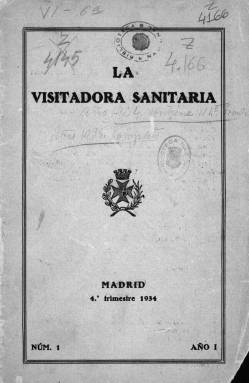
Título: La Visitadora sanitaria
Colección: Medicina
Ámbito geográfico: Madrid
Lugar de publicación: Madrid
Fechas: 01/01/1934-31/12/1935

Publicación profesional de las enfermeras que desarrollaban su actividad en el campo de la medicina preventiva y que realizaban su trabajo en los distintos niveles de la sanidad pública y en algunas instituciones de carácter privado. Se trata de una revista trimestral de 32 páginas de la que la BNE posee los cinco primeros números y se desconoce si hubo alguno más.

   La publicación salió en el último trimestre de 1934, unos meses después de que se constituyera la Asociación Profesional de Visitadoras Sanitarias, presidida por Mercedes Milá. En su primer número, el boletín expresaba su deseo de ‘llevar a las asociadas, especialmente a las de los centros rurales, un tanto aisladas a veces en pueblos lejanos, las noticias que profesionalmente puedan interesarles junto con los artículos técnicos que, instruyéndolas, vayan conservando y renovando su cultura sanitaria’.

  Este primer número contaba también con un saludo del doctor Gustavo Pittaluga, una de las eminencias médicas de la España de la época, a cuya iniciativa se debió la creación de la Escuela de Enfermeras de Sanidad.

  Parte importante del contenido del boletín era informar sobre noticias de interés estrictamente profesional y laboral como vacantes, oposiciones, congresos, conferencias…

  Como auxiliares de los médicos que ejercían sus actividades en los campos de la higiene social y la salud pública (lucha antituberculosa, antivenérea, higiene infantil, etc.), las visitadoras sanitarias se encargaban, en primer lugar, de estudiar las condiciones sociales y sanitarias de los individuos y de las familias, de conocer el estado de sus viviendas, los hábitos y características de su alimentación, etc. En segundo lugar, una vez recogida la información, intentaban explicar a la población la manera de obtener el mayor provecho higiénico de sus condiciones de vida, se planteaban la posible modificación de las circunstancias perjudiciales para la salud, y en general, ejercían una función de instructoras de las familias.

  En la revista colaboraban especialistas en salud pública y las propias visitadoras, a quien se calificaba de misioneras de la higiene. La lucha tuberculosa fue uno de los primeros campos en los que estas nuevas profesionales ejercieron su actividad. En un artículo firmado por el doctor Verdes Montenegro, que apareció también en el primer número, se menciona el trabajo pionero que visitadoras sanitarias de Cruz Roja realizaron en el dispensario antituberculoso de Peñuelas, en Madrid: ‘dibujaban los planos de las viviendas, procuraban la distribución de la familia de forma que disminuyeran las ocasiones de contagio, y educaban a todos en la práctica de la higiene’.

  La Asociación Profesional de Visitadoras Sanitarias contaba en el momento de su constitución con 109 asociadas repartidas por toda España ocupando puestos de trabajo en los servicios de higiene infantil, centros de higiene rural, dispensarios antituberculosos, instituciones de carácter docente (Escuela Nacional de Puericultura, Escuela Nacional de Sanidad), centros asistenciales de diferente naturaleza, e instancias administrativo sanitarias.

  Para obtener más información sobre esta asociación y su revista se puede consultar online la publicación de la Universidad de Alicante ‘Historia de la Enfermería de Salud Pública en España (1860-1977)’, de Josep Bernabeu Mestre y Encarna Gascón Pérez.

[Descripción publicada el 17/08/2022]